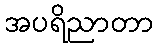
အပရိညာတာ